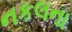
નકલના